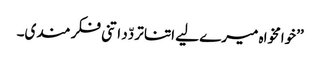
’’خوامخواہ میرے لیے اتنا تردّد اتنی فکر مندی۔